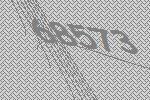
68573